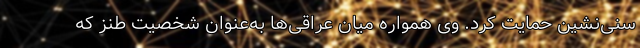
سنی‌نشین حمایت کرد. وی همواره میان عراقی‌ها به‌عنوان شخصیت طنز که